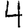
Digit: 4